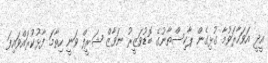
އީދީ އަވަހާރަވުމާ ގުޅިގެން ޕާކިސްތާނުގެ ބޮޑުވަޒީރު ނަވާޒް ޝަރީފް ވަނީ ހިތާމަ ފާޅުކުރައްވައިފަ